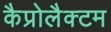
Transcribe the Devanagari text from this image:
कैप्रोलैक्टम